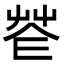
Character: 𦭠